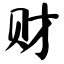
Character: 财